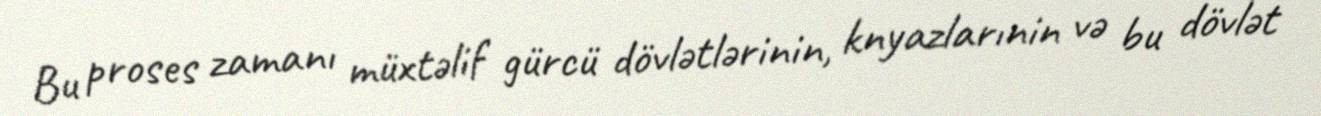
Bu proses zamanı müxtəlif gürcü dövlətlərinin, knyazlarınin və bu dövlət